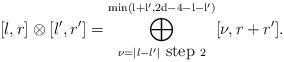
\begin{align*} [l,r]\otimes [l',r']= \bigoplus\limits_{\nu=\vert l-l' \vert \mbox{ step } 2}^{\mathrm{min\left( l+l',2d-4-l-l' \right)}} [\nu, r+r'].\end{align*}